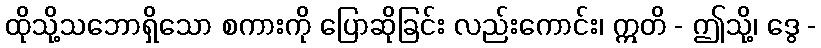
ထိုသို့သဘောရှိသော စကားကို ပြောဆိုခြင်း လည်းကောင်း၊ ဣတိ - ဤသို့၊ ဒွေ -